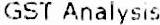
GST ANALYSIS